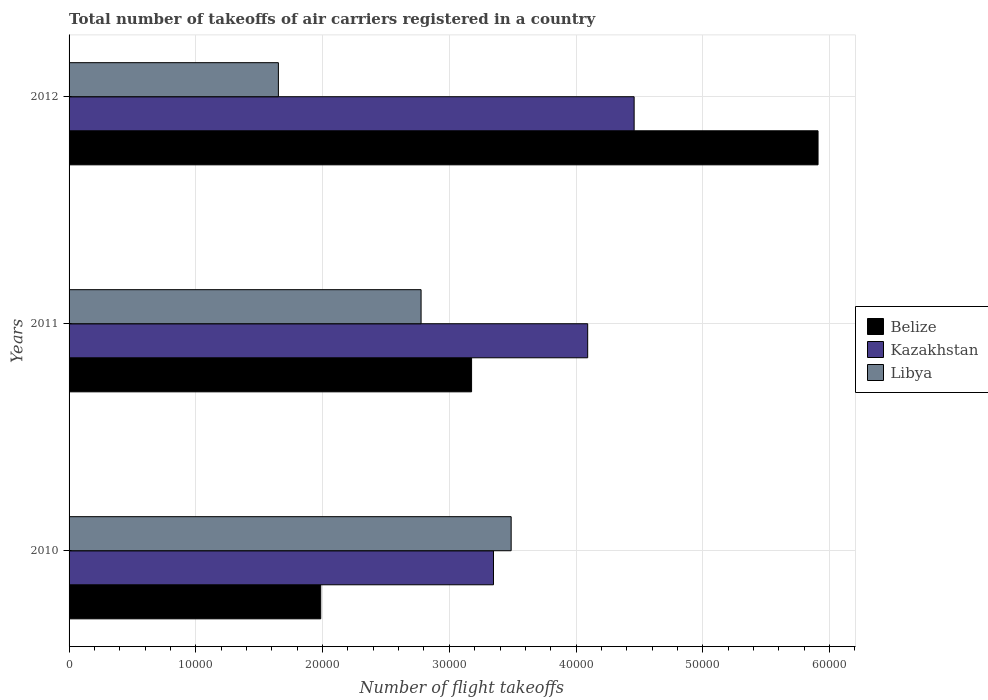
| Years | Belize | Kazakhstan | Libya |
 | --- | --- | --- | --- |
 | 2010 | 1.99e+04 | 3.35e+04 | 3.49e+04 |
 | 2011 | 3.18e+04 | 4.09e+04 | 2.78e+04 |
 | 2012 | 5.91e+04 | 4.46e+04 | 1.65e+04 |